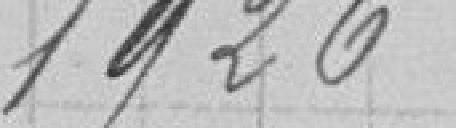
1926